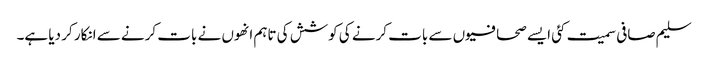
سلیم صافی سمیت کئی ایسے صحافیوں سے بات کرنے کی کوشش کی تاہم انھوں نے بات کرنے سے انکار کر دیا ہے۔